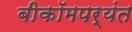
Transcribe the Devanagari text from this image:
बीकॉमपर्यंत